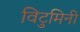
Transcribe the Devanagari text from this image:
विटुमिनी